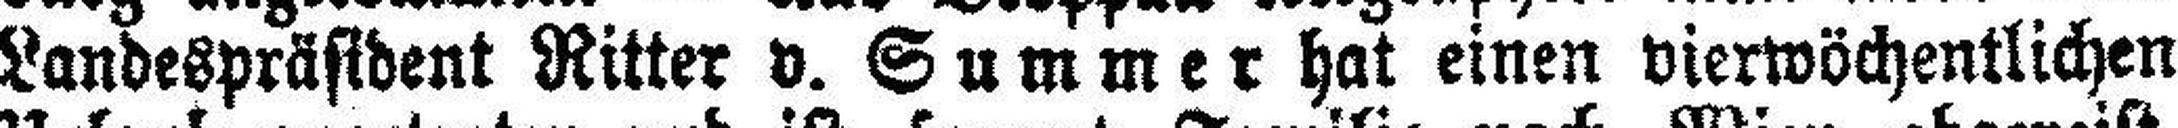
Landespräsident Ritter v. Summer hat einen vierwöchentlichen